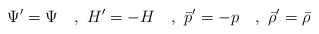
\begin{align*}\Psi' = \Psi \quad, ~ H' = -H \quad, ~ {\bar p' }=-p \quad, ~{\bar\rho'} = {\bar\rho}\end{align*}